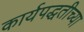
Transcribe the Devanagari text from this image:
कार्यपद्धतीच्या